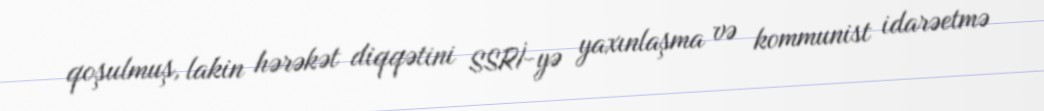
qoşulmuş, lakin hərəkət diqqətini SSRİ-yə yaxınlaşma və kommunist idarəetmə